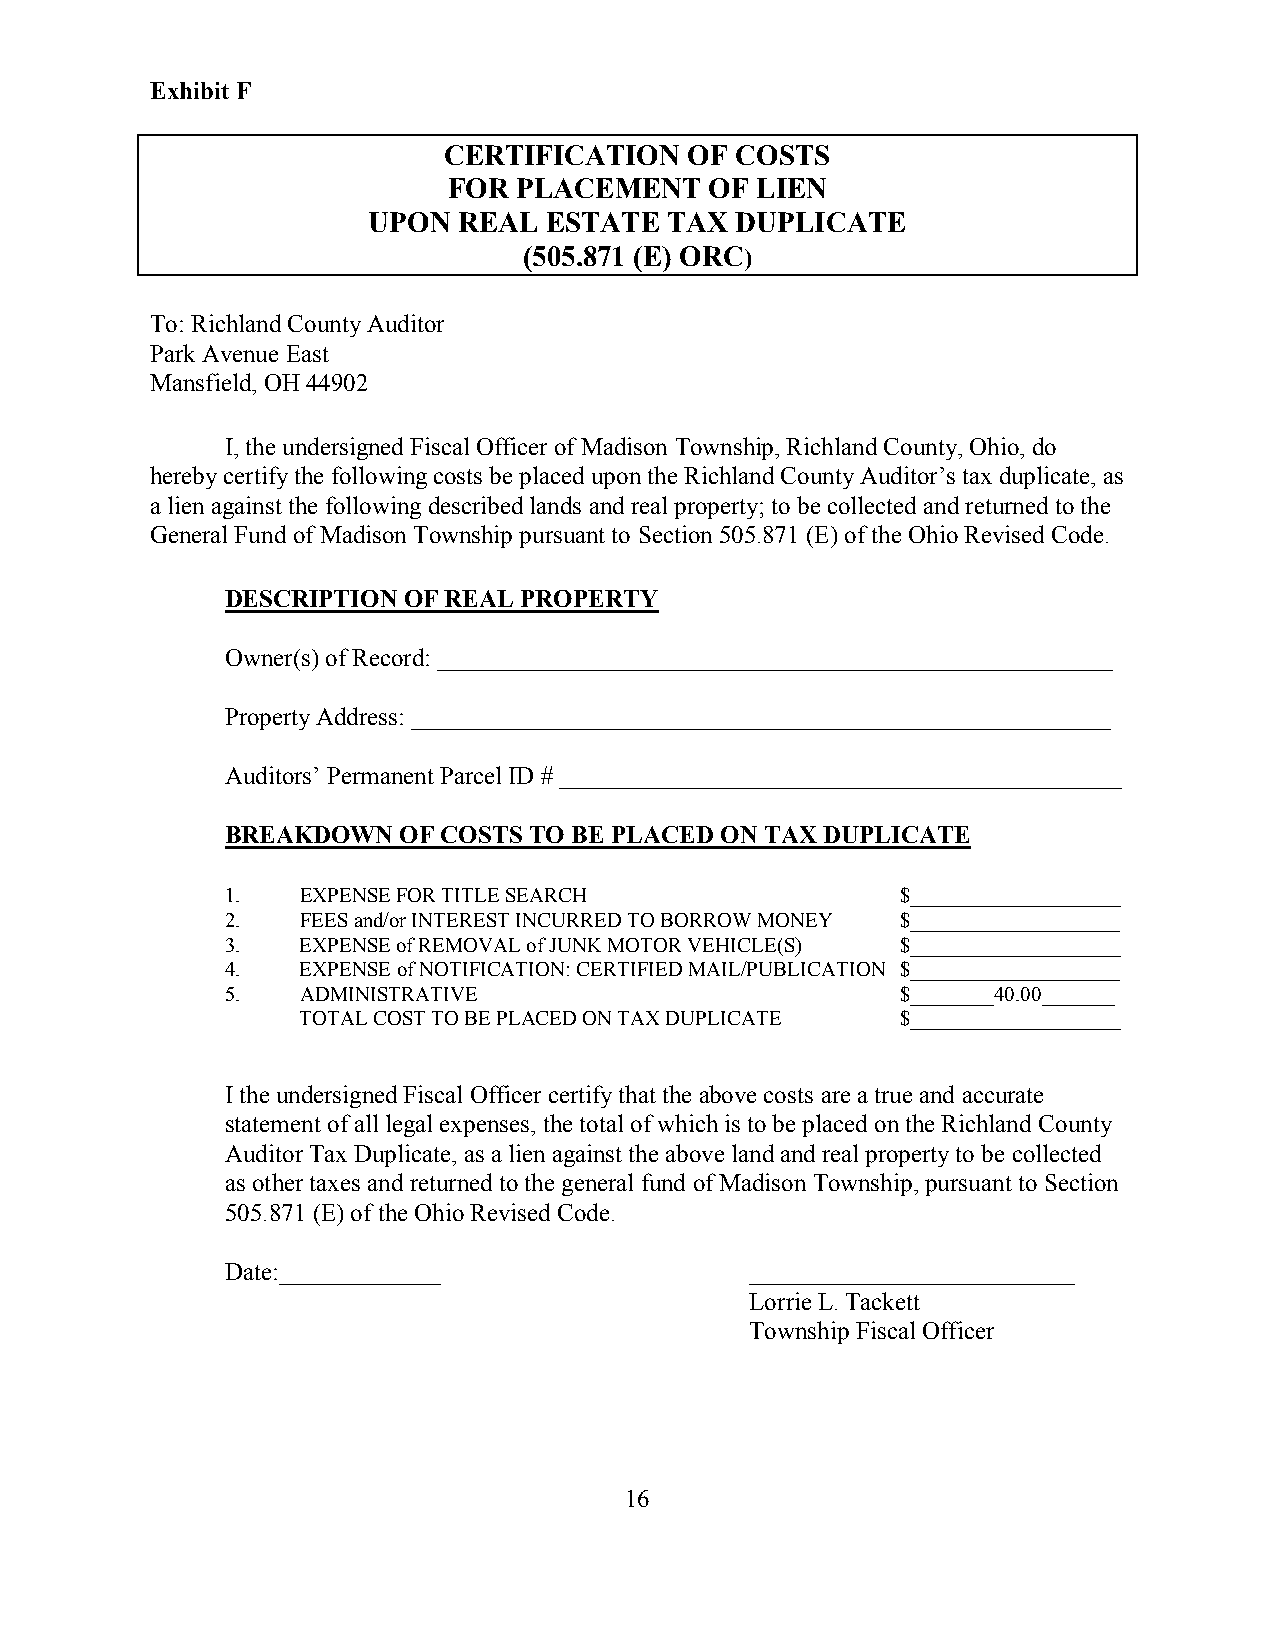
Exhibit F
 CERTIFICATION    OF COSTS
 FOR PLACEMENT    OF LIEN
 UPON  REAL  ESTATE  TAX  DUPLICATE
 (505.871 (E) ORC)
 To: Richland County Auditor
 Park Avenue East
 Mansfield, OH 44902
 I, the undersigned Fiscal Officer of Madison Township, Richland County, Ohio, do
 hereby certify the following costs be placed upon the Richland County Auditor’s tax duplicate, as
 a lien against the following described lands and real property; to be collected and returned to the
 General Fund of Madison Township pursuant to Section 505.871 (E) of the Ohio Revised Code.
 DESCRIPTION OF REAL PROPERTY
 Owner(s) of Record: ______________________________________________________
 Property Address: ________________________________________________________
 Auditors’ Permanent Parcel ID # _____________________________________________
 BREAKDOWN   OF COSTS TO BE PLACED ON TAX DUPLICATE
 1.   EXPENSE FOR TITLE SEARCH                $_________________
 2.   FEES and/or INTEREST INCURRED TO BORROW MONEY $____________________
 3.   EXPENSE of REMOVAL of JUNK MOTOR VEHICLE(S) $____________________
 4.   EXPENSE of NOTIFICATION: CERTIFIED MAIL/PUBLICATION $____________________
 5.   ADMINISTRATIVE                          $________40.00_______
 TOTAL COST TO BE PLACED ON TAX DUPLICATE $____________________
 I the undersigned Fiscal Officer certify that the above costs are a true and accurate
 statement of all legal expenses, the total of which is to be placed on the Richland County
 Auditor Tax Duplicate, as a lien against the above land and real property to be collected
 as other taxes and returned to the general fund of Madison Township, pursuant to Section
 505.871 (E) of the Ohio Revised Code.
 Date:_____________                 __________________________
 Lorrie L. Tackett
 Township Fiscal Officer
 16